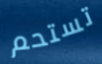
تستحم